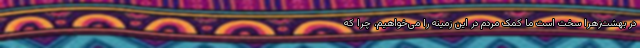
در بهشت‌زهرا سخت است ما کمک مردم در این زمینه را می‌خواهیم، چرا که